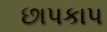
છાપકાપ